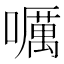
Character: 𡂖